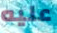
عليه